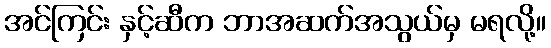
အင်ကြင်း နှင့်ဆီက ဘာအဆက်အသွယ်မှ မရလို့။